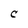
Character: C